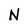
Character: N